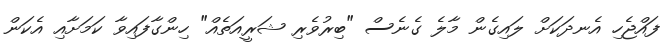
ފައްޖެހި އެނދަކަަށް ލަައިގެން މާލެ ގެނެސް "ބިރުވެރި ޝަރީއަތެއް" ހިންގާފައިވާ ކަމަށާއި އެކަން